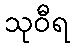
သုဝီရ